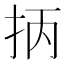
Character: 抦